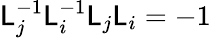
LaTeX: \mathsf{L}_{j}^{-1}\mathsf{L}_{i}^{-1}\mathsf{L}_{j}\mathsf{L}_{i}=-1